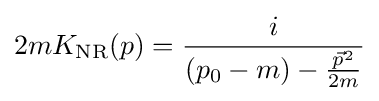
2mK_{\text{NR}}(p)={\frac {i}{(p_{0}-m)-{\frac {{\vec {p}}^{2}}{2m}}}}